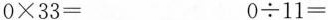
$$0 \times 3 3 =$$ $$0 \div 1 1 =$$